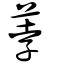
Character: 荸